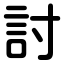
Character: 討